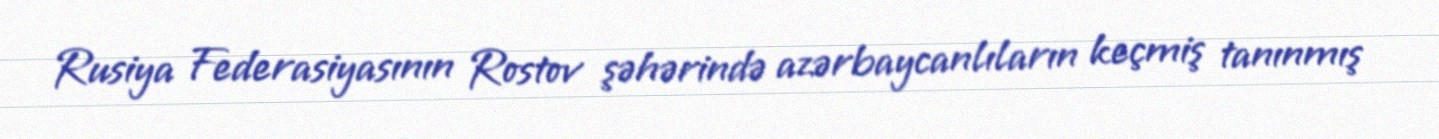
Rusiya Federasiyasının Rostov şəhərində azərbaycanlıların keçmiş tanınmış